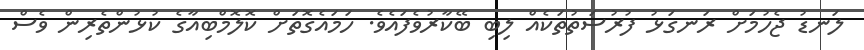
ލަނޑު ޖެހުމަށް ރަނގަޅު ފުރުސަތުތަކެއް ލިބި ބޭކާރުވެފައެވެ. ހަމައެގޮތަށް ކޮލޮމްބިއާގެ ކުޅުންތެރިން ވެސް